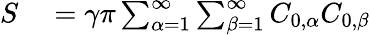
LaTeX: \begin{array}{rl}{S}&{{}=\gamma\pi\sum_{\alpha=1}^{\infty}\sum_{\beta=1}^{\infty}C_{0,\alpha}C_{0,\beta}}\end{array}